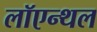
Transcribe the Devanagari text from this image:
लॉएन्थल